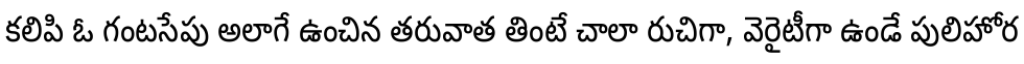
కలిపి ఓ గంటసేపు అలాగే ఉంచిన తరువాత తింటే చాలా రుచిగా, వెరైటీగా ఉండే పులిహోర